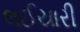
લઈયારી